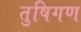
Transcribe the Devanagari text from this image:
तुषिगण